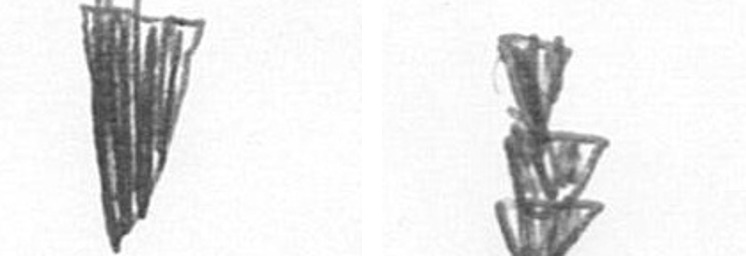
J E